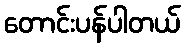
တောင်းပန်ပါတယ်